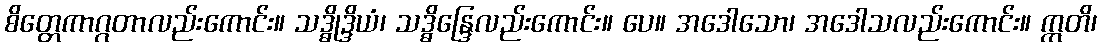
စိတ္တေကာဂ္ဂတာလည်းကောင်း။ သဒ္ဓိုဒ္ဒိယံ၊ သဒ္ဓိန္ဒြေလည်းကောင်း။ ပေ။ အဒေါသော၊ အဒေါသလည်းကောင်း။ ဣတိ၊